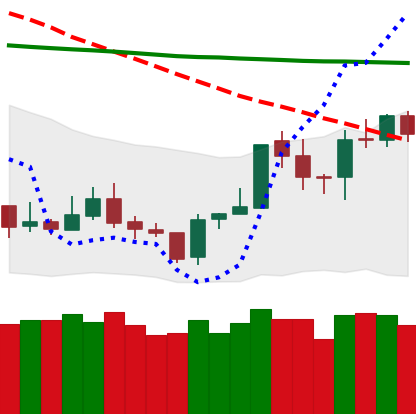
Ticker: TRX-USD
Chart end date: 2020-01-13
Forward return: 20.468%
Label: up_7plus